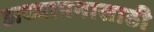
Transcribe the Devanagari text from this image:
अध्यापनासाठी